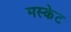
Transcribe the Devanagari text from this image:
मस्केट